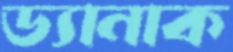
ড্যানাক